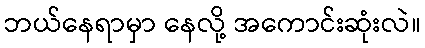
ဘယ်နေရာမှာ နေလို့ အကောင်းဆုံးလဲ။